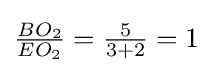
{\tfrac {BO_{2}}{EO_{2}}}={\tfrac {5}{3+2}}=1